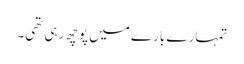
تمہارے بارے میں پوچھ رہی تھی۔